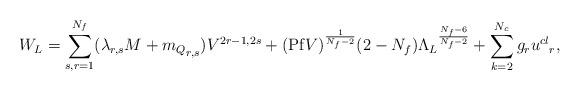
LaTeX: \begin{align*}W_{L} = \sum_{s,r =1}^{N_f}(\lambda_{r,s} M + {m_{Q}}_{r,s})V^{2r-1,2s} + ({\rm Pf}V)^{\frac{1}{N_f - 2}}(2-N_f) {\Lambda_L}^{\frac{N_f-6}{N_f-2}} + \sum_{k=2}^{N_c}g_r {u^{cl}}_r , \end{align*}